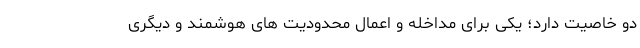
دو خاصیت دارد؛ یکی برای مداخله و اعمال محدودیت های هوشمند و دیگری